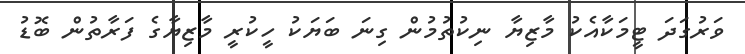
ވަރުގަދަ ޓީމަކާއެކު މާޒިޔާ ނިކުތުމުން ގިނަ ބަޔަކު ހީކުރީ މާޒިޔާގެ ފަރާތުން ބޮޑު